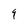
Character: 9